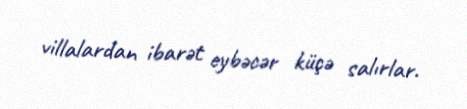
villalardan ibarət eybəcər küçə salırlar.